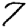
Digit: 7